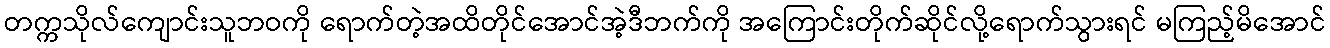
တက္ကသိုလ်ကျောင်းသူဘဝကို ရောက်တဲ့အထိတိုင်အောင်အဲ့ဒီဘက်ကို အကြောင်းတိုက်ဆိုင်လို့ရောက်သွားရင် မကြည့်မိအောင်